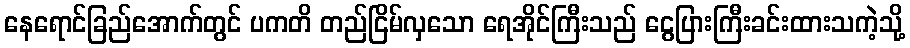
နေရောင်ခြည်အောက်တွင် ပကတိ တည်ငြိမ်လှသော ရေအိုင်ကြီးသည် ငွေပြားကြီးခင်းထားသကဲ့သို့